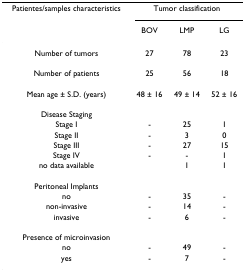
| Patientes/samples characteristics | <COLSPAN=3> Tumor classification |
 |  | BOV | LMP | LG |
 | --- | --- | --- | --- |
 | Number of tumors | 27 | 78 | 23 |
 | Number of patients | 25 | 56 | 18 |
 | Mean age ± S.D. (years) | 48 ± 16 | 49 ± 14 | 52 ± 16 |
 | Disease Staging |  |  |  |
 | Stage I | - | 25 | 1 |
 | Stage II | - | 3 | 0 |
 | Stage III | - | 27 | 15 |
 | Stage IV | - | - | 1 |
 | no data available |  | 1 | 1 |
 | Peritoneal Implants |  |  |  |
 | no | - | 35 | - |
 | non-invasive | - | 14 | - |
 | invasive | - | 6 | - |
 | Presence of microinvasion |  |  |  |
 | no | - | 49 | - |
 | yes | - | 7 | - |